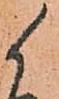
候